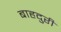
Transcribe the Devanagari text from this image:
बाहदुरी